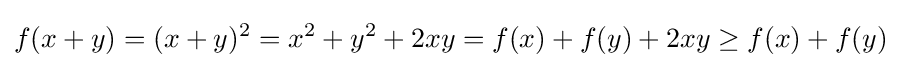
f(x+y)=(x+y)^{2}=x^{2}+y^{2}+2xy=f(x)+f(y)+2xy\geq f(x)+f(y)